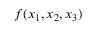
f ( x _ { 1 } , x _ { 2 } , x _ { 3 } )